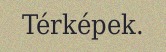
Térképek.